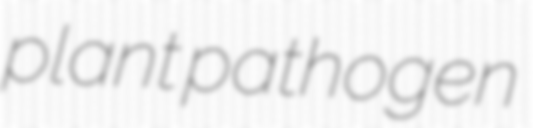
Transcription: plant pathogen